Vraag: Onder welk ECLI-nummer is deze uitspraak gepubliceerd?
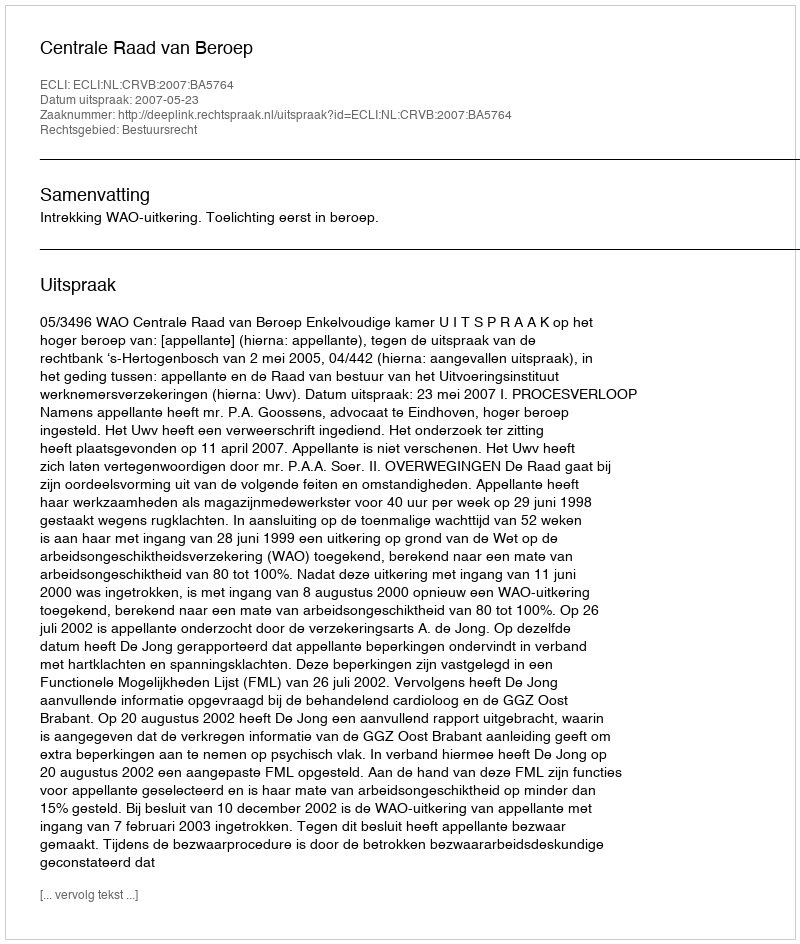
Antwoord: ECLI:NL:CRVB:2007:BA5764